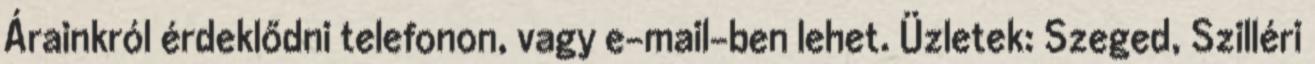
Árainkról érdeklődni telefonon, vagy e-mail-ben lehet. Üzletek: Szeged, Szilléri